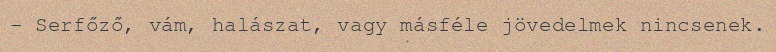
– Serfőző, vám, halászat, vagy másféle jövedelmek nincsenek.